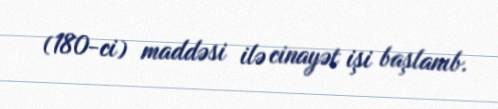
(180-ci) maddəsi ilə cinayət işi başlanıb.